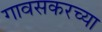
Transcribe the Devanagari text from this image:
गावसकरच्या